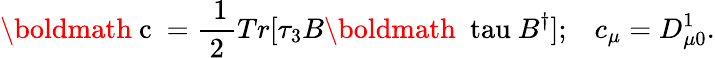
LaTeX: \mathrm{\boldmath~c~}=\mathrm{\frac{~1}{~2~}}Tr[\tau_{3}B\mathrm{\boldmath~\ tau~}B^{\dagger}];\; \; \; c_{\mu}=D_{\mu 0}^{1}.